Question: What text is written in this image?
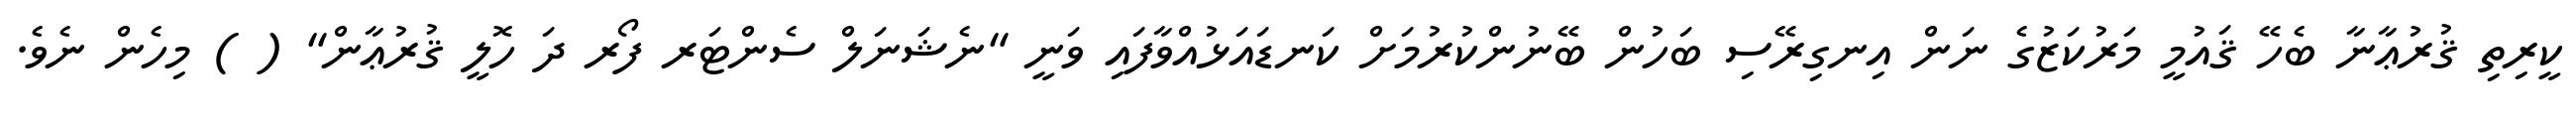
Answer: ކީރިތި ޤުރުޢާނާ ބެހޭ ޤައުމީ މަރުކަޒުގެ ނަން އިނގިރޭސި ބަހުން ބޭނުންކުރުމަށް ކަނޑައަޅުއްވާފައި ވަނީ "ނެޝަނަލް ސެންޓަރ ފޯރ ދަ ހޮލީ ޤުރުޢާން" ( ) މިހެން ނެވެ.